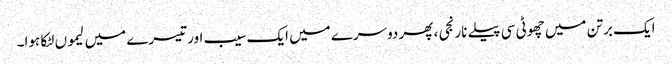
ایک برتن میں چھوٹی سی پیلے نارنجی ، پھر دوسرے میں ایک سیب اور تیسرے میں لیموں لٹکا ہوا۔